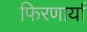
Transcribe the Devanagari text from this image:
फिरणार्या